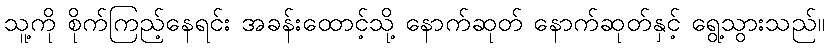
သူ့ကို စိုက်ကြည့်နေရင်း အခန်းထောင့်သို့ နောက်ဆုတ် နောက်ဆုတ်နှင့် ရွေ့သွားသည်။